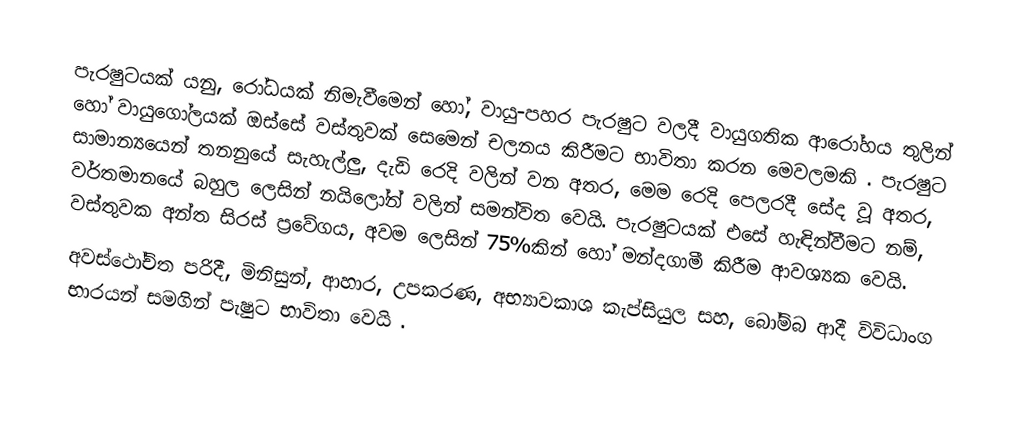
පැරෂුටයක් යනු, රෝධයක් නිමැවීමෙන් හෝ, වායු-පහර පැරෂුට වලදී වායුගතික ආරෝහය තුලින් හෝ වායුගෝලයක් ඔස්සේ වස්තුවක් සෙමෙන් චලනය කිරීමට භාවිතා කරන මෙවලමකි . පැරෂුට සාමාන්‍යයෙන් තනනුයේ සැහැල්ලු, දැඩි රෙදි වලින් වන අතර, මෙම රෙදි පෙලරදී සේද වූ අතර, වර්තමානයේ බහුල ලෙසින් නයිලෝන් වලින් සමන්විත වෙයි. පැරෂුටයක් එසේ හැඳින්වීමට නම්, වස්තුවක අන්ත සිරස් ප්‍රවේගය, අවම ලෙසින් 75%කින් හෝ මන්දගාමී කිරීම ආවශ්‍යක වෙයි.
අවස්ථෝචිත පරිදී, මිනිසුන්, ආහාර, උපකරණ, අභ්‍යාවකාශ කැප්සියුල සහ, බෝම්බ ආදී විවිධාංග භාරයන් සමගින් පැෂුට භාවිතා වෙයි .